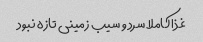
غذا کاملا سرد و سیب زمینی تازه نبود